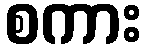
စကား